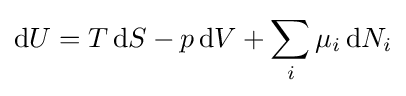
\mathrm {d} U=T\,\mathrm {d} S-p\,\mathrm {d} V+\sum _{i}\mu _{i}\,\mathrm {d} N_{i}